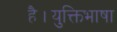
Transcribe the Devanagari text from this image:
है।युक्तिभाषा